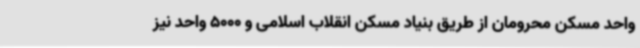
واحد مسکن محرومان از طریق بنیاد مسکن انقلاب اسلامی و 5000 واحد نیز